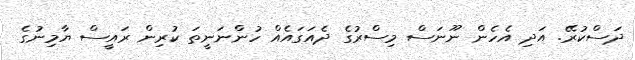
ދަސްކުރޭ. އަދި އެހެން ނޫނަސް މިސްރުގެ ދެއަގައެއް ހުންނަނީތަ ކުރިން ރައީސް ޔާމިނުގެ